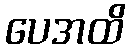
ပေအထိ